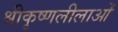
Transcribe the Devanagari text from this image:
श्रीकृष्णलीलाओं